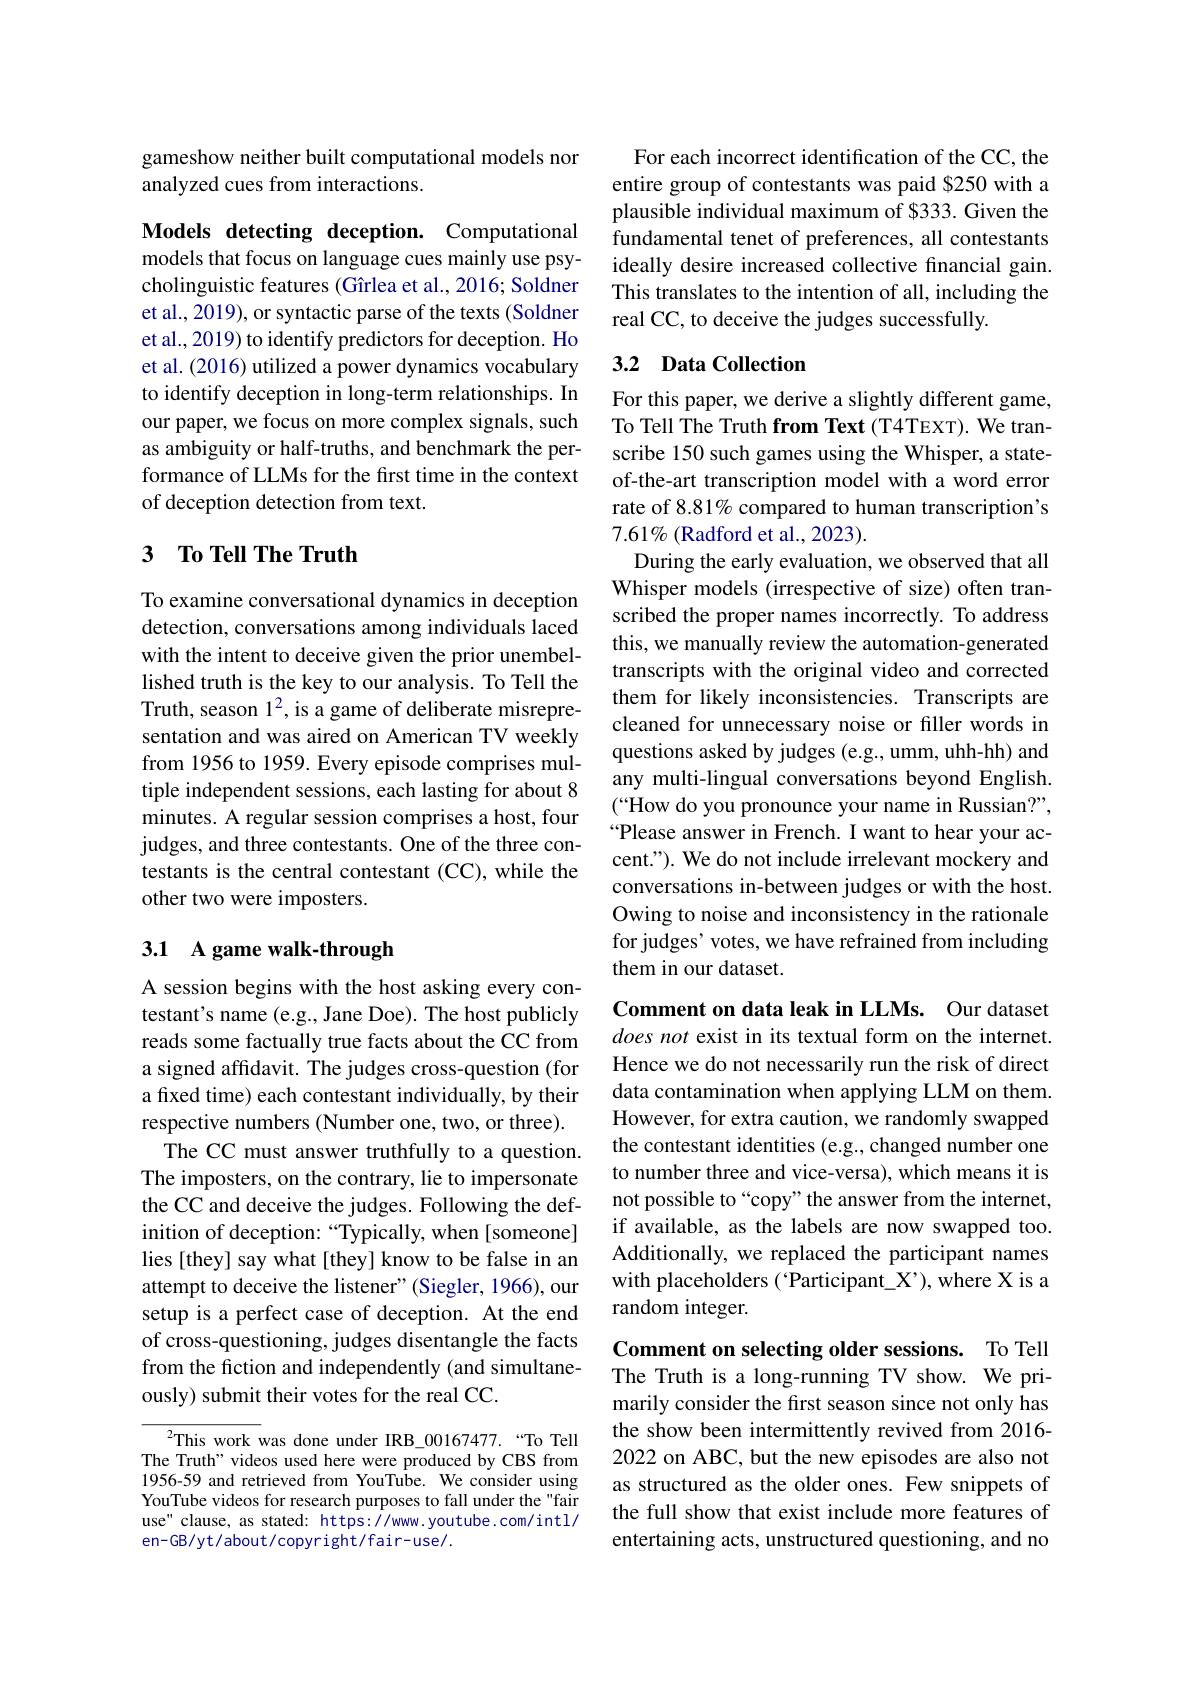
gameshow neither built computational models nor
analyzed cues from interactions.

Models detecting deception. Computational models that focus on language cues mainly use psycholinguistic features (Gîrlea et al., 2016; Soldner et al., 2019), or syntactic parse of the texts (Soldner et al., 2019) to identify predictors for deception. Ho et al. (2016) utilized a power dynamics vocabulary to identify deception in long-term relationships. In our paper, we focus on more complex signals, such as ambiguity or half-truths, and benchmark the performance of LLMs for the first time in the context of deception detection from text.

# 3 To Tell The Truth

To examine conversational dynamics in deception detection, conversations among individuals laced with the intent to deceive given the prior unembellished truth is the key to our analysis. To Tell the Truth, season 1$^2$,is a game of deliberate misrepresentation and was aired on American TV weekly from 1956 to 1959. Every episode comprises multiple independent sessions, each lasting for about 8 minutes. A regular session comprises a host, four judges, and three contestants. One of the three contestants is the central contestant (CC), while the other two were imposters.

## 3.1 A game walk-through

A session begins with the host asking every contestant's name (e.g., Jane Doe). The host publicly reads some factually true facts about the CC from a signed affidavit. The judges cross-question (for a fixed time) each contestant individually, by their respective numbers (Number one, two, or three).
The CC must answer truthfully to a question. The imposters, on the contrary, lie to impersonate the CC and deceive the judges. Following the definition of deception: “Typically, when [someone] lies [they] say what [they] know to be false in an attempt to deceive the listener" (Siegler, 1966), our setup is a perfect case of deception. At the end of cross-questioning, judges disentangle the facts from the fiction and independently (and simultaneously) submit their votes for the real CC.

$^{2}$This work was done under IRB\_00167477.“To Tell The Truth" videos used here were produced by CBS from 1956-59 and retrieved from YouTube. We consider using YouTube videos for research purposes to fall under the "fair use" clause, as stated: https://www.youtube.com/intl/ en-GB/yt/about/copyright/fair-use/.

For each incorrect identification of the CC, the entire group of contestants was paid $250 with a plausible individual maximum of $333. Given the fundamental tenet of preferences, all contestants ideally desire increased collective financial gain. This translates to the intention of all, including the real CC, to deceive the judges successfully.

## 3.2 Data Collection

For this paper, we derive a slightly different game, To Tell The Truth from Text (T4TEXT). We transcribe 150 such games using the Whisper, a stateof-the-art transcription model with a word error rate of 8.81% compared to human transcription's $7.61\%($Radford et al., 2023).
During the early evaluation, we observed that all Whisper models (irrespective of size) often transcribed the proper names incorrectly. To address this, we manually review the automation-generated transcripts with the original video and corrected them for likely inconsistencies. Transcripts are cleaned for unnecessary noise or filler words in questions asked by judges (e.g., umm, uhh-hh) and any multi-lingual conversations beyond English. (“How do you pronounce your name in Russian?”, “Please answer in French. I want to hear your accent."). We do not include irrelevant mockery and conversations in-between judges or with the host. Owing to noise and inconsistency in the rationale for judges' votes, we have refrained from including them in our dataset.

Comment on data leak in LLMs. Our dataset does not exist in its textual form on the internet. Hence we do not necessarily run the risk of direct data contamination when applying LLM on them. However, for extra caution, we randomly swapped the contestant identities (e.g., changed number one to number three and vice-versa), which means it is not possible to“copy” the answer from the internet, if available, as the labels are now swapped too. Additionally, we replaced the participant names with placeholders (“Participant\_X’), where X is a random integer.

Comment on selecting older sessions. To Tell The Truth is a long-running TV show. We pri-

marily consider the first season since not only has the show been intermittently revived from 2016- 2022 on ABC, but the new episodes are also not as structured as the older ones. Few snippets of the full show that exist include more features of entertaining acts, unstructured questioning, and no